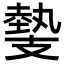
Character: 𢻝